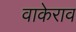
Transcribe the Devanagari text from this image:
वाकेराव